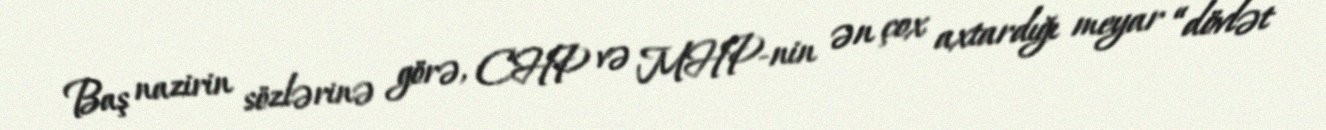
Baş nazirin sözlərinə görə, CHP və MHP-nin ən çox axtardığı meyar “dövlət